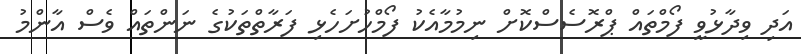
އަދި ވިދާޅުވީ ފޯމްތައް ޕްރޮސެސްކޮށް ނިމުމާއެކު ފޯމްހުށަހެޅި ފަރާތްތަކުގެ ނަންތައް ވެސް އާންމު